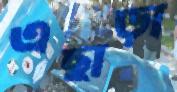
এছাড়া